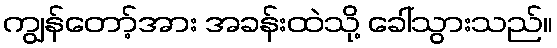
ကျွန်တော့်အား အခန်းထဲသို့ ခေါ်သွားသည်။